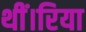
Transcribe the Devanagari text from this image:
थीं।रिया